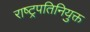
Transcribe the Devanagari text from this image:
राष्ट्रपतिनियुक्त